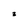
Character: 3